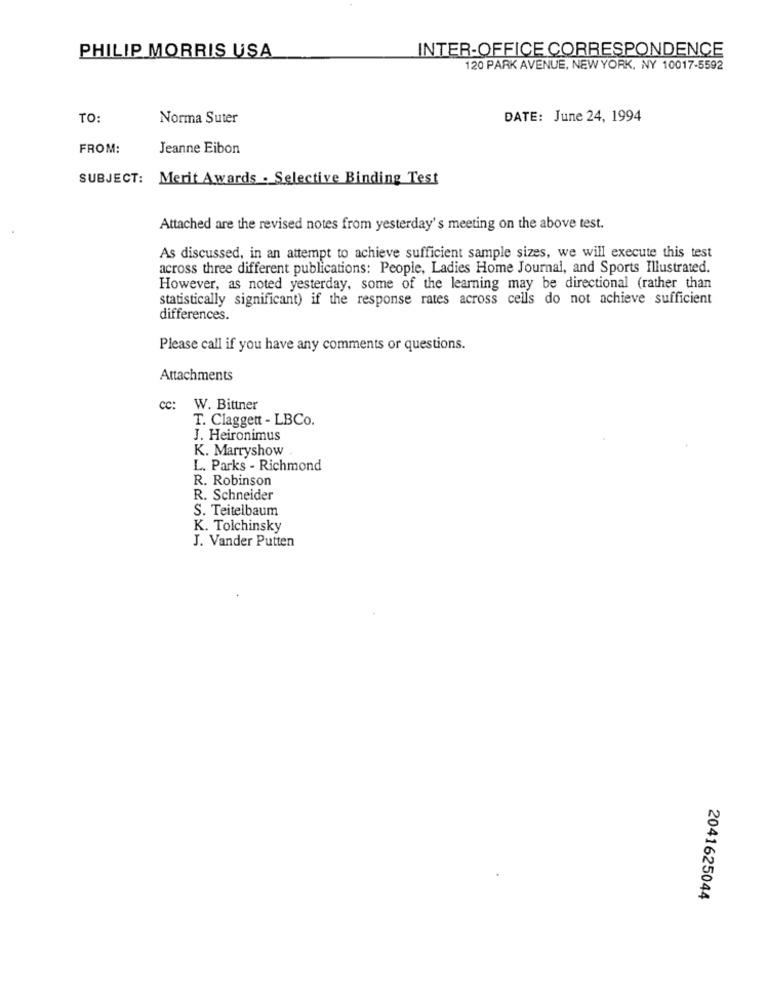
INTER-OFFICE CORRESPONDENCE
PHILIP MORRIS USA
120 PARK AVENUE, NEW YORK, NY 10017-5592
TO:
Norma Suter
DATE: June 24, 1994
FROM:
Jeanne Eibon
SUBJECT: Merit Awards - Selective Binding Test
Attached are the revised notes from yesterday's meeting on the above test.
As discussed, in an attempt to achieve sufficient sample sizes, we will execute this test
across three different publications: People, Ladies Home Journal, and Sports Illustrated.
However, as noted yesterday, some of the learning may be directional (rather than
statistically significant) if the response rates across cells do not achieve sufficient
differences.
Please call if you have any comments or questions.
Attachments
cc:
W. Bittner
T. Claggett - LBCo.
J. Heironimus
K. Marryshow
L. Parks - Richmond
R. Robinson
R. Schneider
S. Teitelbaum
K. Tolchinsky
J. Vander Putten
2041625044